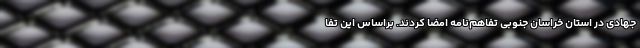
جهادی در استان خراسان جنوبی تفاهم‌نامه امضا کردند. براساس این تفا